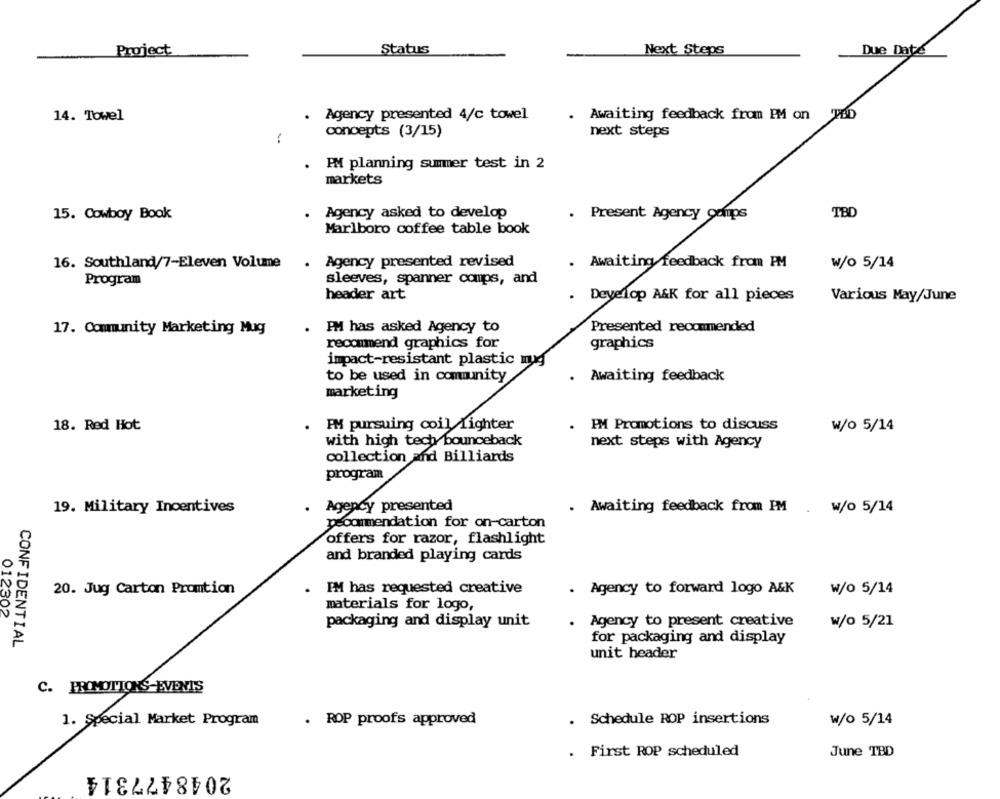
Project
Status
Next Steps
Due Date
14. Towel
Agency presented 4/c towel
Awaiting feedback from PM on
concepts (3/15)
next steps
PM planning summer test in 2
markets
15. Cowboy Book
Agency asked to develop
.
Present Agency corps
TBD
Marlboro coffee table book
16. Southland/7-Eleven Volume
Agency presented revised
. Awaiting feedback from PM
.
W/o 5/14
Program
sleeves, spanner comps, and
header art
Develop A&K for all pieces
Various May/June
Presented recommended
17. Community Marketing Mug
. PM has asked Agency to
recommend graphics for
graphics
impact-resistant plastic mug
to be used in community
Awaiting feedback
marketing
18. Red Hot
. PM pursuing coil fighter
PM Promotions to discuss
W/o 5/14
with high tech bounceback
next steps with Agency
collection and Billiards
program
19. Military Incentives
Agency presented
. Awaiting feedback from PM
w/o 5/14
recommendation for on-carton
offers for razor, flashlight
and branded playing cards
20. Jug Carton Promtion
I'M has requested creative
. Agency to forward logo A&K
w/o 5/14
materials for logo,
012302
packaging and display unit
.
Agency to present creative
w/o 5/21
CONFIDENTIAL
for packaging and display
unit header
C. PROMOTIONS EVENTS
1. Special Market Program
. ROP proofs approved
. Schedule ROP insertions
w/o 5/14
. First ROP scheduled
June TBD
2048477314